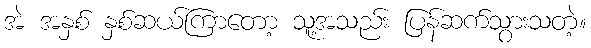
အဲ အနှစ် နှစ်ဆယ်ကြာတော့ သူ့အသည်း ပြန်ဆက်သွားသတဲ့။